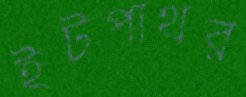
ইটপাথর